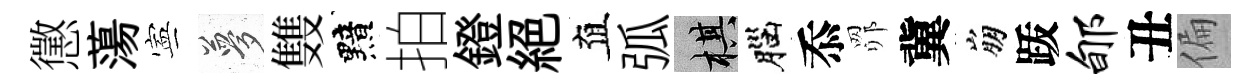
懲蕩寕夢䨇黯拍鐙絶直弧棋腦忝𦊑冀崩䟦郇丑偏